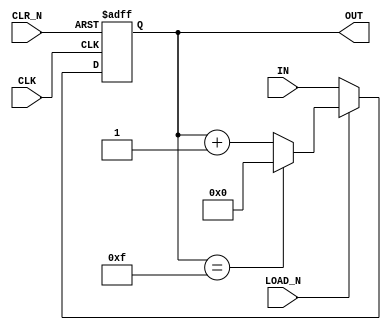
module IC74HC161_C(
    input CLK,
    input CLR_N,
    input [3:0] IN,
    input LOAD_N,
    output reg [3:0] OUT
);

always @(posedge CLK or negedge CLR_N) begin
    if (~CLR_N)
        OUT <= 4'b0;
    else if (~LOAD_N)
        OUT <= IN;
    else
        if (OUT == 4'b1111)
            OUT <= 4'b0;
        else
            OUT <= OUT + 4'b1;
end

endmodule